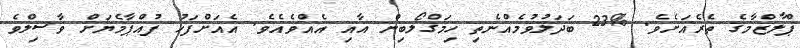
ޕްލާޒްމާގެ ތެރެއަށެވެ. %23 ބަދަލުވުމެއްނެތި ހިމަގްލޯބިން އާއި އެއްވެއެވެ. އެއަށްފަހު ފުއްޕާމެޔަށް ވާސިލްވެ